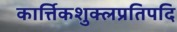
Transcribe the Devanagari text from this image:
कार्त्तिकशुक्लप्रतिपदि